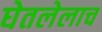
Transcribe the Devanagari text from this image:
घेतलेलाच